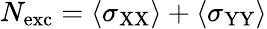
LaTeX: N_{\mathrm{exc}}=\langle\sigma_{\mathrm{XX}}\rangle+\langle\sigma_{\mathrm{YY}}\rangle